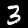
Label: 3